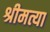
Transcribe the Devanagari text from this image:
श्रीमत्या